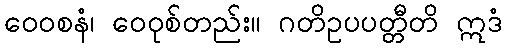
ဝေဝစနံ၊ ဝေဝုစ်တည်း။ ဂတိဥပပတ္တီတိ ဣဒံ